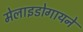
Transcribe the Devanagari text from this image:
मेलाइडोगायने